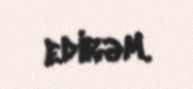
edirəm.